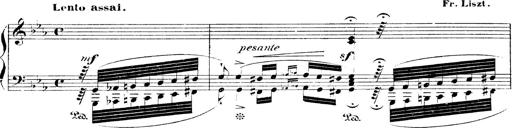
Title: Fantaisie sur l'opÃ©ra hongrois
Composer: Franz Liszt